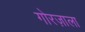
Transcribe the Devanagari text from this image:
गोरज़ाला